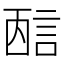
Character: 𰴭